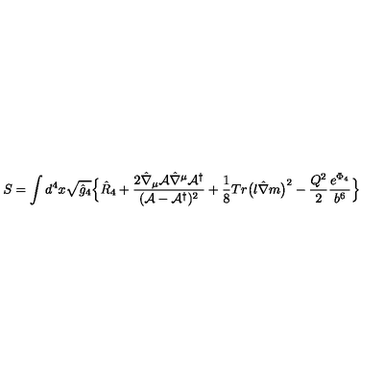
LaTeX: S = \int d ^ { 4 } x \sqrt { \hat { g } _ { 4 } } \Bigl \{ \hat { R } _ { 4 } + \frac { 2 \hat { \nabla } _ { \mu } { \cal A } \hat { \nabla } ^ { \mu } { \cal A } ^ { \dagger } } { ( { \cal A } - { \cal A } ^ { \dagger } ) ^ { 2 } } + \frac { 1 } { 8 } T r \bigl ( l \hat { \nabla } m \bigr ) ^ { 2 } - \frac { Q ^ { 2 } } { 2 } \frac { e ^ { \Phi _ { 4 } } } { b ^ { 6 } } \Bigr \}